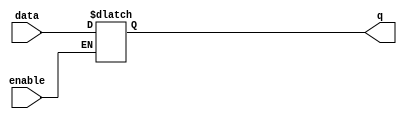
module transparent_latch(
    input data,
    input enable,
    output reg q
);

always @(data, enable)
begin
    if(enable)
        q <= data;
end

endmodule